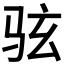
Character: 𫠊